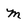
Character: m